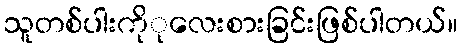
သူတစ်ပါးကိုုလေးစားခြင်းဖြစ်ပါတယ်။